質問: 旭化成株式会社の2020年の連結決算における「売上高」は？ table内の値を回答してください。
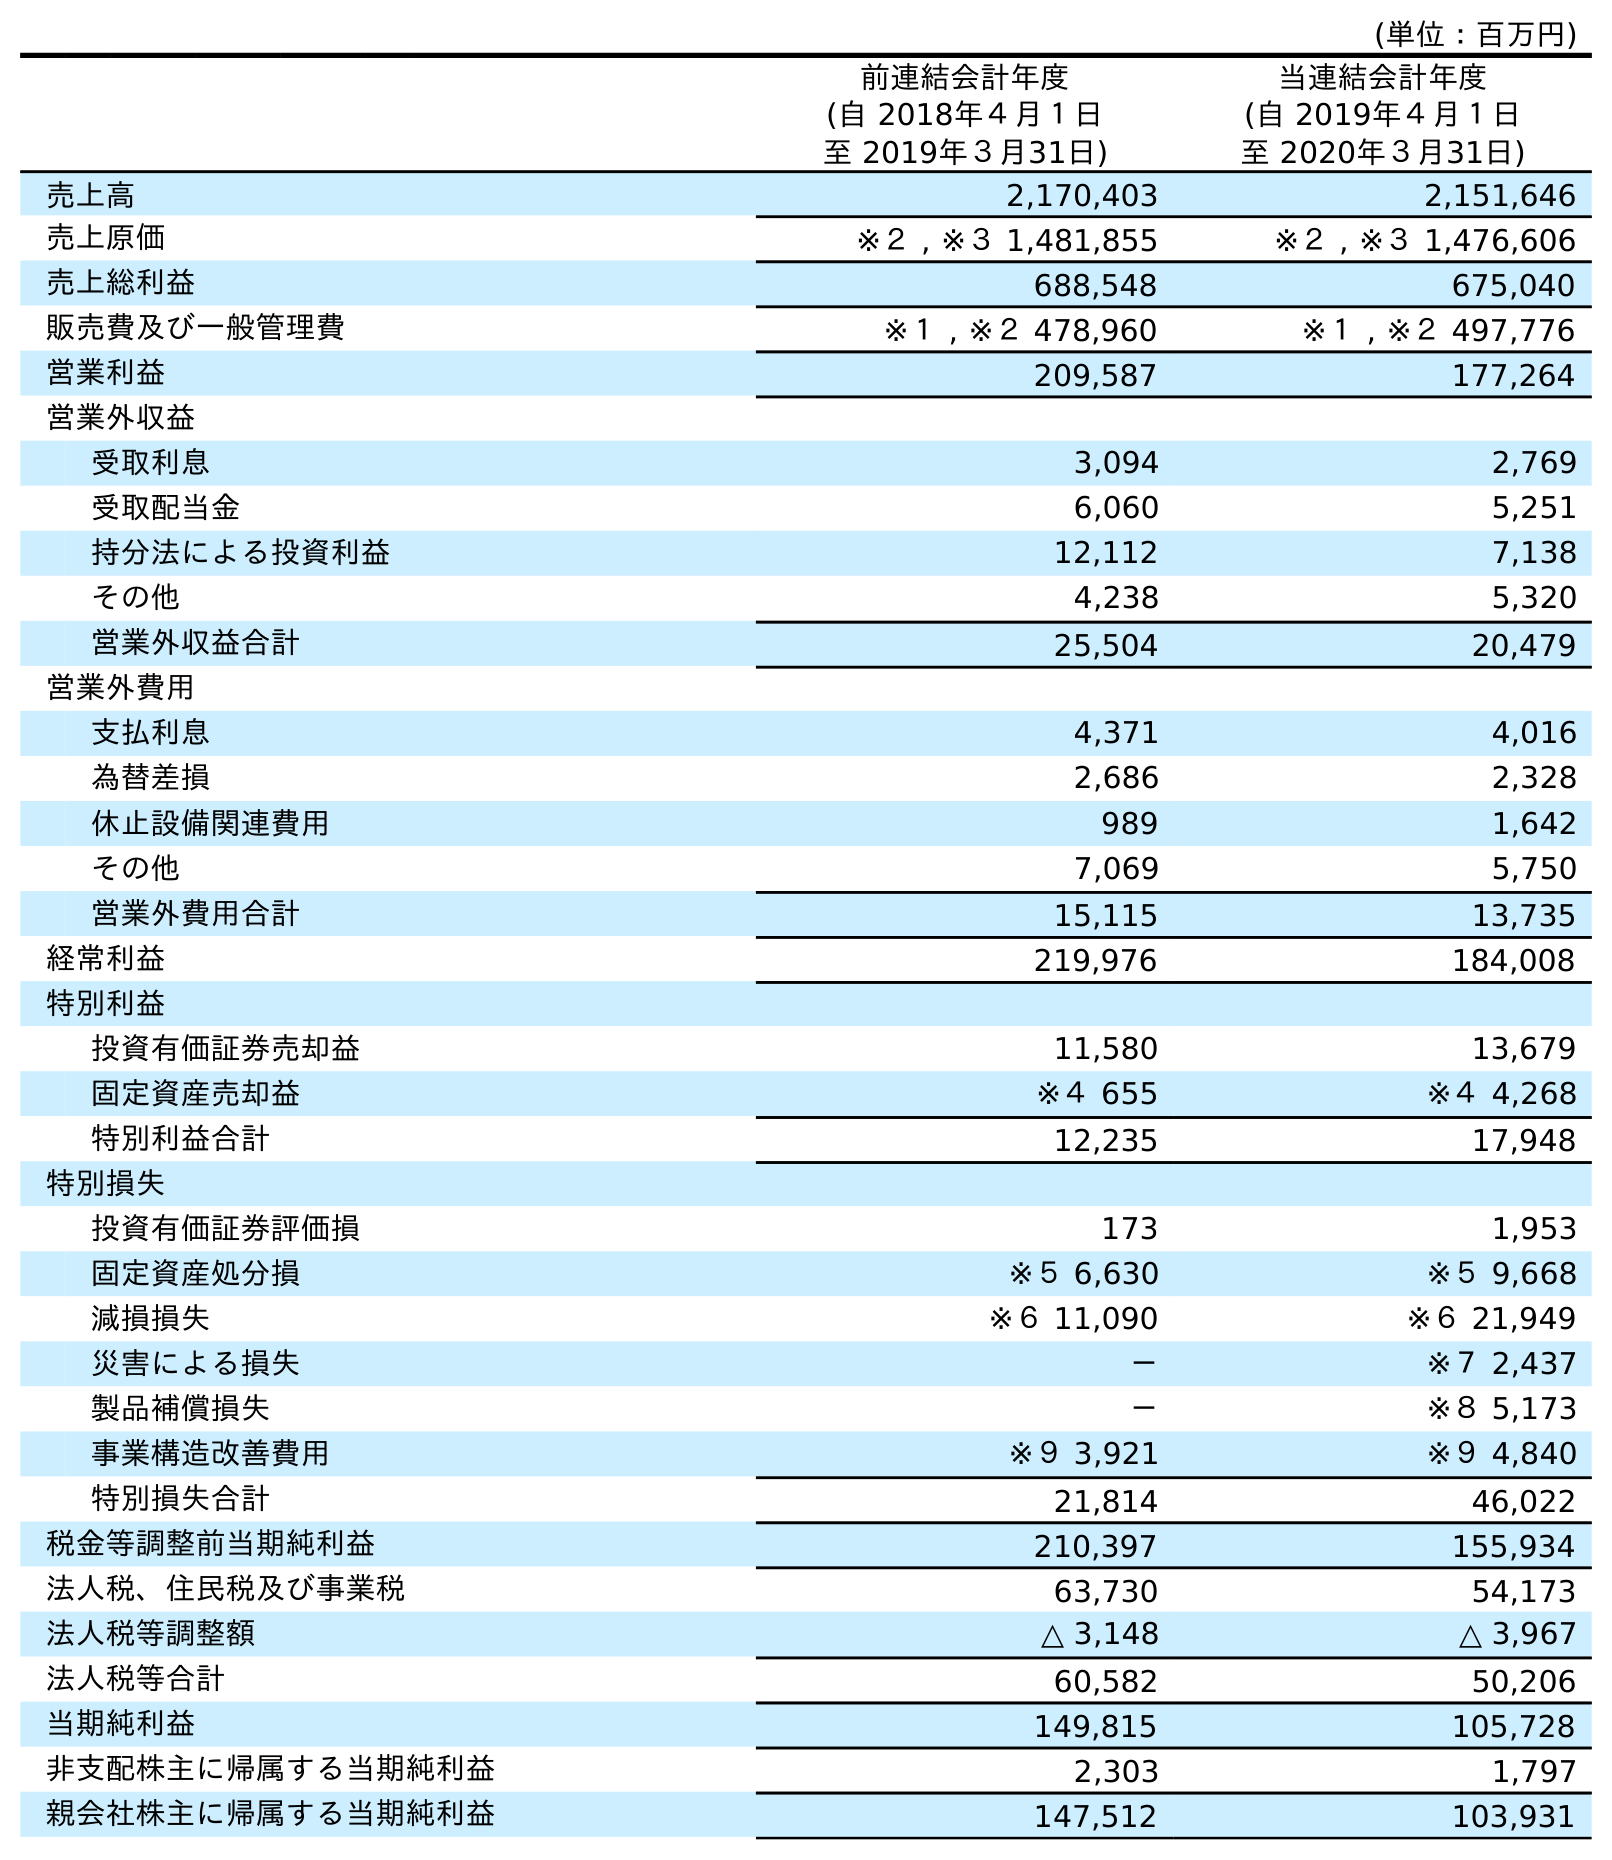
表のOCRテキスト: (単位：百万円) 前連結会計年度 (自 2018年４月１日 至 2019年３月31日) 当連結会計年度 (自 2019年４月１日 至 2020年３月31日) 売上高 2,170,403 2,151,646 売上原価 ※２ , ※３ 1,481,855 ※２ , ※３ 1,476,606 売上総利益 688,548 675,040 販売費及び一般管理費 ※１ , ※２ 478,960 ※１ , ※２ 497,776 営業利益 209,587 177,264 営業外収益 受取利息 3,094 2,769 受取配当金 6,060 5,251 持分法による投資利益 12,112 7,138 その他 4,238 5,320 営業外収益合計 25,504 20,479 営業外費用 支払利息 4,371 4,016 為替差損 2,686 2,328 休止設備関連費用 989 1,642 その他 7,069 5,750 営業外費用合計 15,115 13,735 経常利益 219,976 184,008 特別利益 投資有価証券売却益 11,580 13,679 固定資産売却益 ※４ 655 ※４ 4,268 特別利益合計 12,235 17,948 特別損失 投資有価証券評価損 173 1,953 固定資産処分損 ※５ 6,630 ※５ 9,668 減損損失 ※６ 11,090 ※６ 21,949 災害による損失 － ※７ 2,437 製品補償損失 － ※８ 5,173 事業構造改善費用 ※９ 3,921 ※９ 4,840 特別損失合計 21,814 46,022 税金等調整前当期純利益 210,397 155,934 法人税、住民税及び事業税 63,730 54,173 法人税等調整額 △ 3,148 △ 3,967 法人税等合計 60,582 50,206 当期純利益 149,815 105,728 非支配株主に帰属する当期純利益 2,303 1,797 親会社株主に帰属する当期純利益 147,512 103,931
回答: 2,151,646